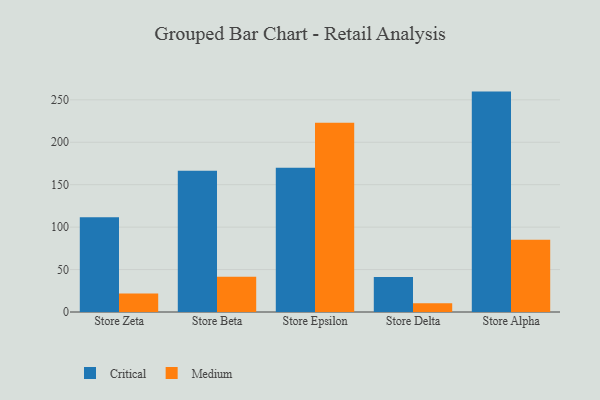
{"axis": {"x": "Store", "y": "Budget (USD K)"}, "legend": ["Critical", "Medium"], "data": [{"x": "Store Zeta", "y": 111.7, "type": "Critical"}, {"x": "Store Zeta", "y": 21.9, "type": "Medium"}, {"x": "Store Beta", "y": 166.5, "type": "Critical"}, {"x": "Store Beta", "y": 41.6, "type": "Medium"}, {"x": "Store Epsilon", "y": 170.0, "type": "Critical"}, {"x": "Store Epsilon", "y": 223.1, "type": "Medium"}, {"x": "Store Delta", "y": 41.2, "type": "Critical"}, {"x": "Store Delta", "y": 10.3, "type": "Medium"}, {"x": "Store Alpha", "y": 259.7, "type": "Critical"}, {"x": "Store Alpha", "y": 85.1, "type": "Medium"}]}